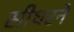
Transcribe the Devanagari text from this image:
सीधरने